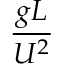
\frac { g L } { U ^ { 2 } }